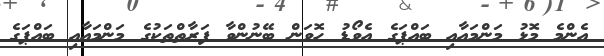
އެންމެ މޮޅު މަންމައާއި ބައްޕަގެ އެވޯޑު ހޮވަން ބޭނުންވާ ފަރާތްތަކުގެ މަންމައާއި ބައްޕަގެ